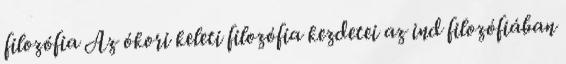
filozófia Az ókori keleti filozófia kezdetei az ind filozófiában